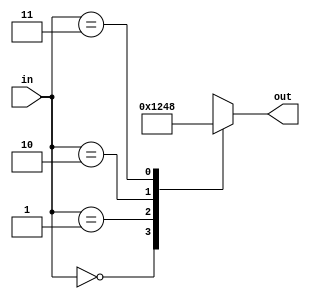
module decoder_2_4 (
    input wire [1:0] in,
    output reg [3:0] out
);
    always @ (*) begin
        case(in)
            2'b00:begin out = 4'b0001;end
            2'b01:begin out = 4'b0010;end
            2'b10:begin out = 4'b0100;end
            2'b11:begin out = 4'b1000;end
            default:begin
                out = 4'b0000;
            end
        endcase
    end
endmodule